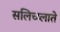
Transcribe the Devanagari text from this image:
सलिच्य्लाते